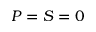
P = S = 0